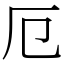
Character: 厄